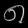
Digit: ၈